Report of the King Institute of Preventive Medicine, Guindy
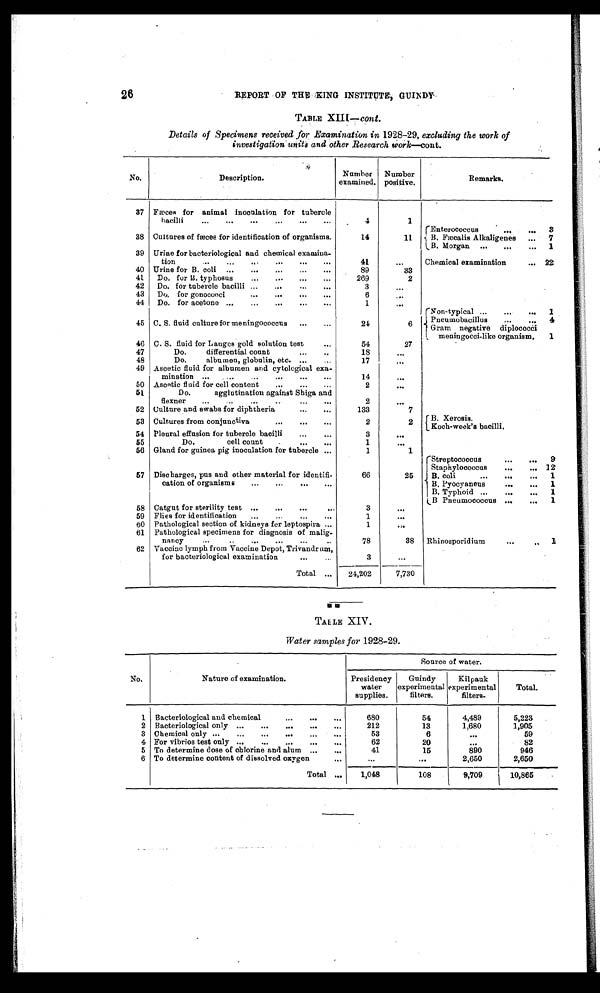
26
REPORT OF THE KING INSTITUTE, GUINDY
TABLE XIII—cont.
Details of Specimens received for Examination in 1928-29, excluding the work of
investigation units and other Research work—cont.
No.
Description.
Number
examined,
Number
positive.
Remarks.
37 Fæces for animal inoculation for tubercle
bacilli
...
...
...
...
.
.
4
1
38 Cultures of fæces for identification of organisms.
14
11
Enterococcus
3
B. Fæcalis Alkaligenes
...
7
B . M o r g a n
. . .
. . .
. . . 1
39 Urine for bacteriological and chemical examina-
tion
..
...
..
. . . .
. . .
. . .
41
. . .
Chemical examination
... 22
40 Urine for B. coli ...
...
...
,..
...
89
33
41
Do. for B. typhosus
...
...
...
...
269
2
42
Do. for tubercle bacilli ...
...
...
...
3
...
43
Do. for gonococci
...
...
...
. . .
6
44
Do. for acetone ...
...
...
...
...
1
...
45 C. S. fluid culture for meningococcus
...
...
24
6
Non-typical ...
...
...
1
Pneumobacillus
...
. . . 4
Gram negative diplococci
meningocci-like organism.
1
46 C. S. fluid for Langes gold solution test
54
27
47
Do.
differential count
...
..
18
. . .
48
Do.
albumen, globulin, etc. .
..
17
. . .
49 Ascetic fluid for albumen and cytological exa-
mination ...
. . . .
. . .
. . .
. . .
. . .
14
. . .
50 Ascetic fluid for cell content
...
...
...
2
. . .
51
Do.
agglutination against Shiga and
flexner
...
..
...
..
...
...
2
. . .
52 Culture and swabs for diphtheria
...
...
133
7
53 Cultures from conjunctiva
...
...
. . .
2
2
B.Xerosis
Koch-week's bacilli.
54 Pleural effusion for tubercle bacilli
.„
...
3
. . .
55
Do.
cell count
.
...
. . .
1
. . .
56 Gland for guinea pig inoculation for tubercle ...
1
1
57 Discharges, pus and other material for identifi-
cation of organisms
...
...
...
...
66
25
Streptococcus
9
Staphylococcus
...
... 12
B. coli
B. Pyocyaneus
...
...
1
B. Typhoid ...
...
...
1
B. Pneumococcus ...
...
1
58 Catgut for sterility test ...
...
...
...
3
. . .
59 Flies for identification
...
...
...
...
1
. . .
60 Pathological section of kidneys for leptospira ...
1
. . .
61 Pathological specimens for diagnosis of malig-
nancy
...
..
...
...
...
..
78
38
Rhinosporidium
...
..
1
62 Vaccine lymph from Vaccine Depot, Trivandr um,
for bacteriological examination
...
...
3
. . .
Total ...
24,202
7,730
TABLE XIV.
Water samples for 1928-29.
.
Source of water.
No.
Nature of examination.
Presidency
water
supplies.
Guindy
experimental
filters,
Kilpauk
experimental
filters-
Total.
1 Bacteriological and chemical
...
...
. . .
680
54
4,489
5 , 2 2 3
2 Bacteriological only ...
...
„,
..,
...
212
13
1,680
1,905
3 Chemical only ...
...
...
...
...
...
53
6
. . .
59
4 For vibrios test only ...
...
...
...
...
62
20
. . .
82
5 To determine dose of chlorine and alum
41
15
890
946
6 To determine content of dissolved oxygen
...
...
. . .
2,650
2,650
Total ...
1,048
108
9,709
10,865